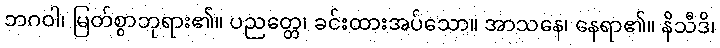
ဘဂဝါ၊ မြတ်စွာဘုရား၏။ ပညတ္တေ၊ ခင်းထားအပ်သော။ အာသနေ၊ နေရာ၏။ နိသီဒိ၊